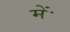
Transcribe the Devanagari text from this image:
मेंॱ